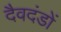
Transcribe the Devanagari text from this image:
दैवदंडों